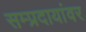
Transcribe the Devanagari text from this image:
सम्प्रदायांवर